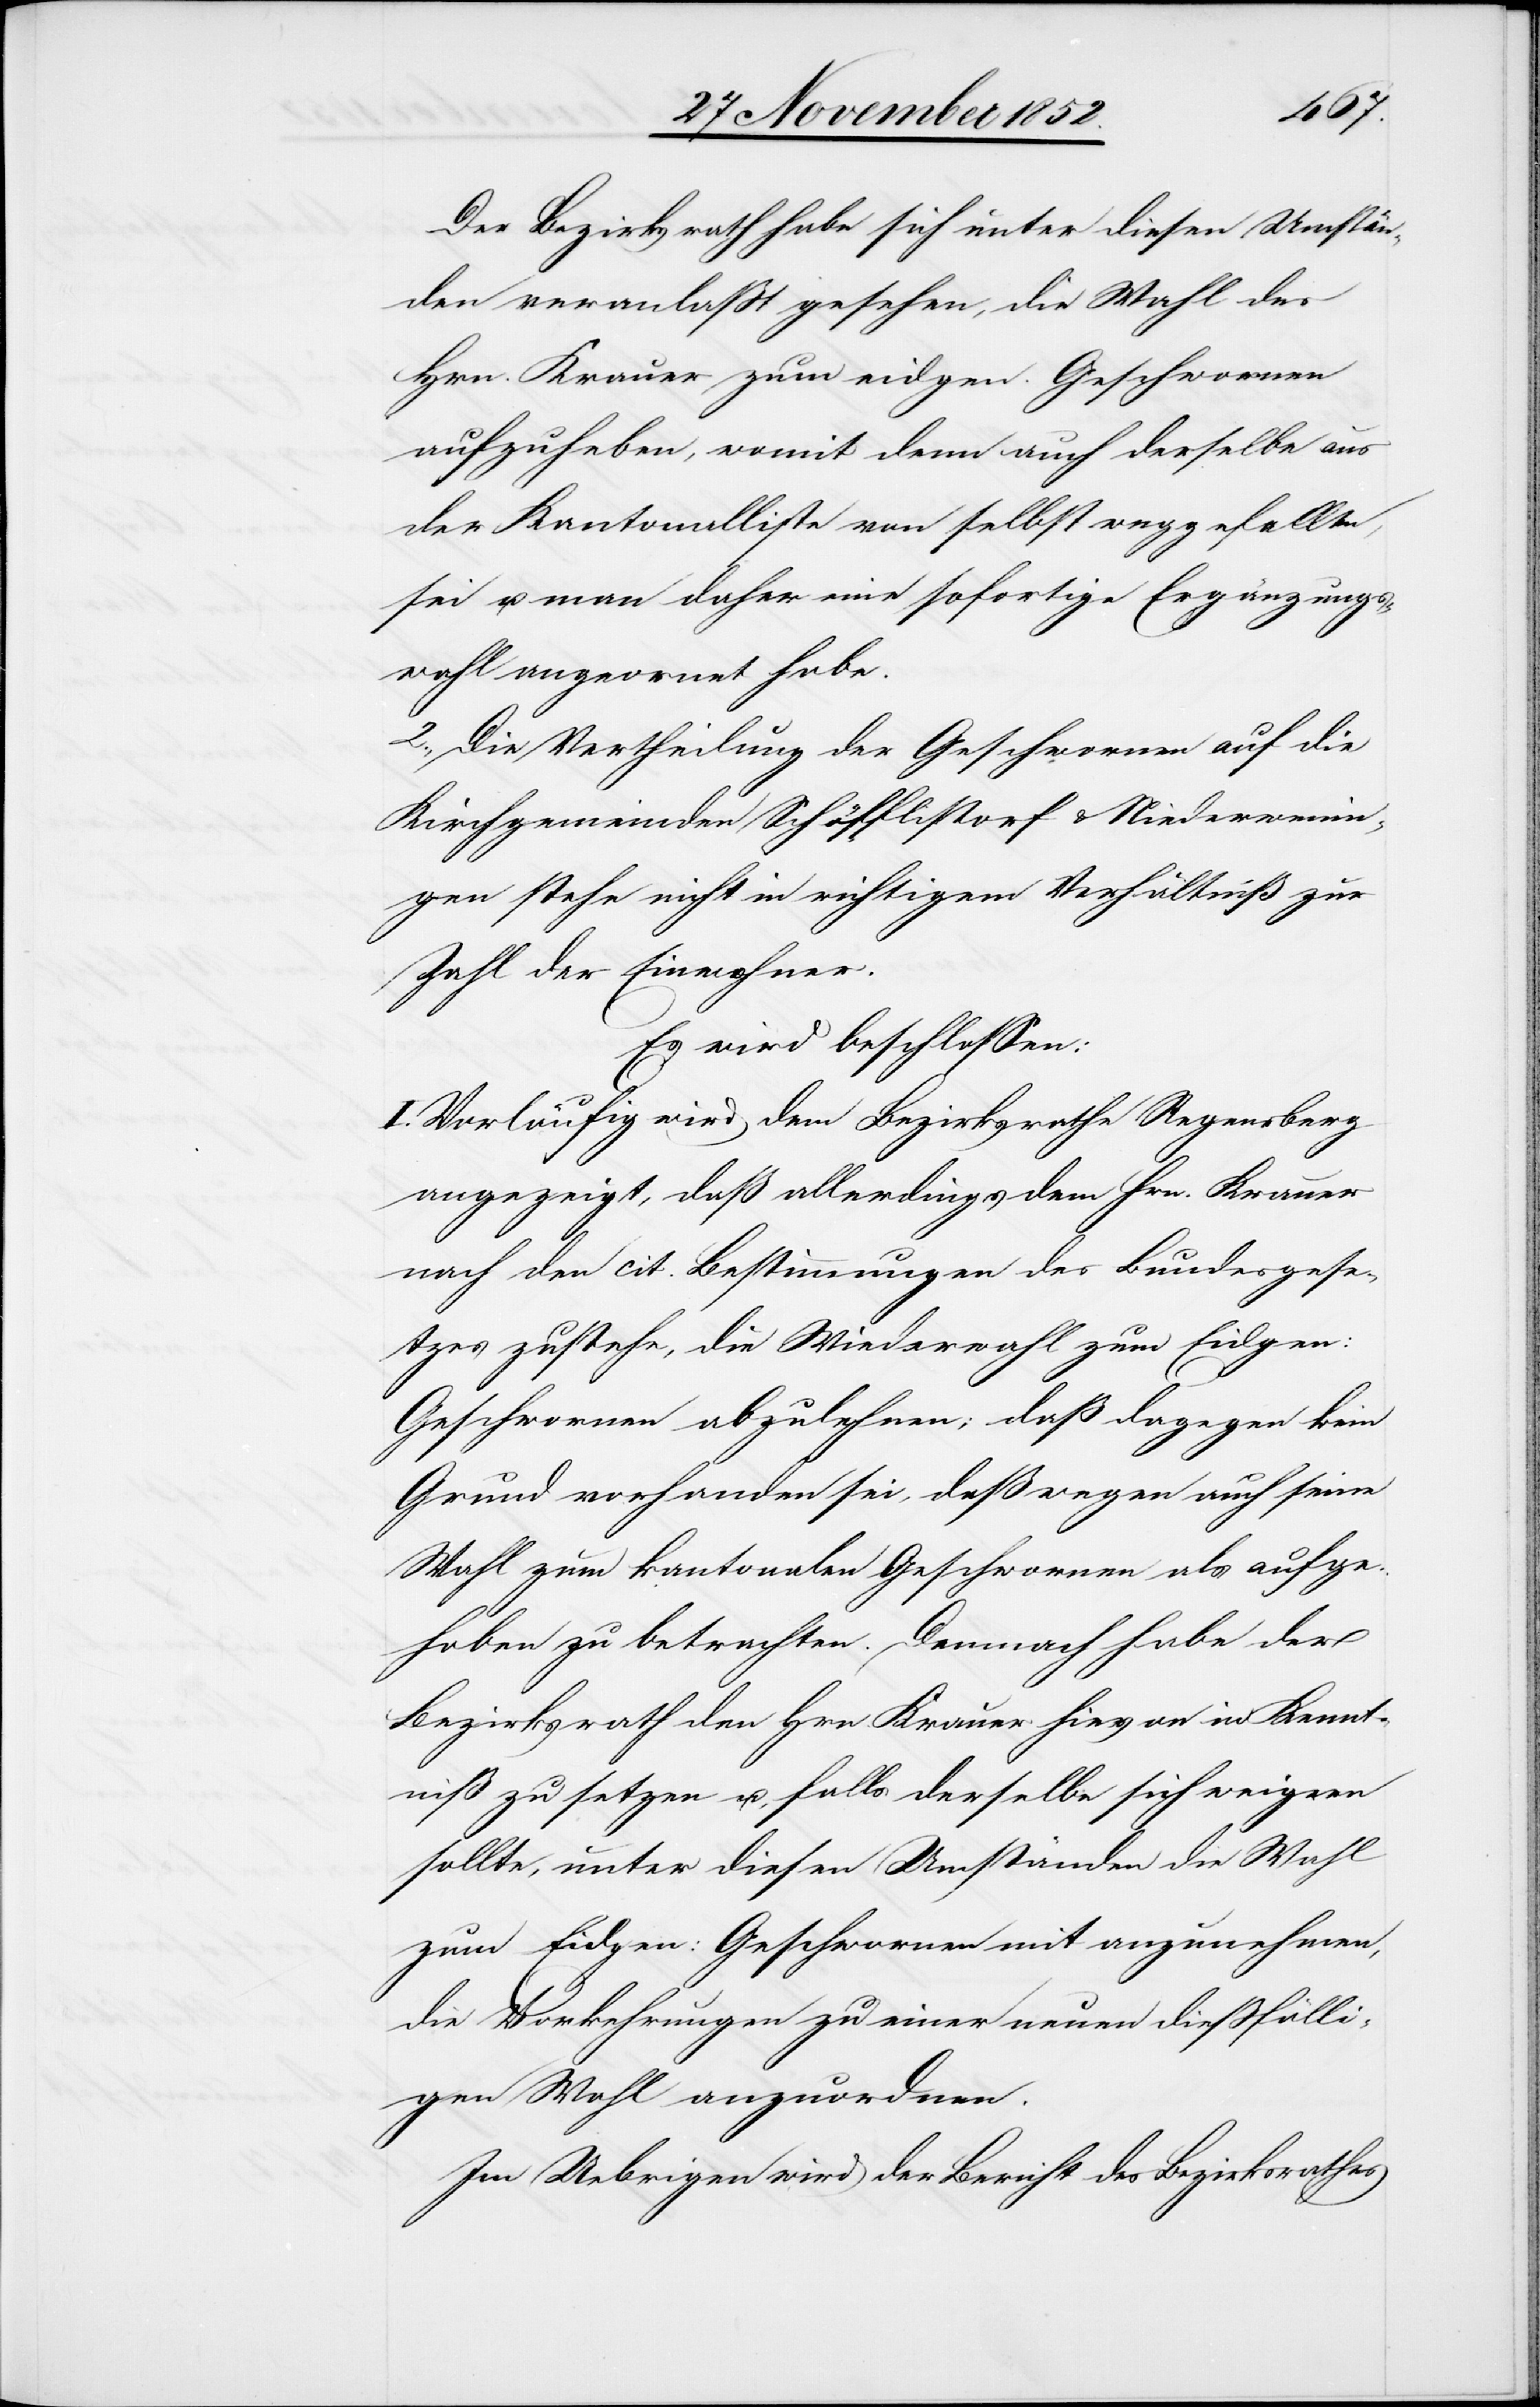
Der Bezirksrath habe sich unter diesen Umstän¬
den veranlaßt gesehen, die Wahl des
Hrn. Krauer zum eidgen. Geschwornen
aufzuheben, womit denn auch derselbe aus
der Kantonalliste von selbst weggefallen,
sei u. man daher eine sofortige Ergänzungs¬
wahl angeordnet habe.
2., Die Vertheilung der Geschwornen auf die
Kirchgemeinden Schöfflistorf & Niederwenin¬
gen stehe nicht in richtigem Verhältniß zur
Zahl der Einwohner.
Es wird beschlossen:
I. Vorläufig wird dem Bezirksrathe Regensberg
angezeigt, daß allerdings dem Hrn. Krauer
nach den cit. Bestimmungen des Bundesgese¬
tzes zustehe, die Wiederwahl zum Eidgen:
Geschwornen abzulehnen; daß dagegen kein
Grund vorhanden sei, deßwegen auch seine
Wahl zum kantonalen Geschwornen als aufge¬
hoben zu betrachten. Demnach habe der
Bezirksrath den Hrn. Krauer hievon in Kennt¬
niß zu setzen u., falls derselbe sich weigern
sollte, unter diesen Umständen die Wahl
zum Eidgen: Geschwornen mit anzunehmen,
die Vorkehrungen zu einer neuen dießfälli¬
gen Wahl anzuordnen.
Im Uebrigen wird der Bericht des Bezirksrathes